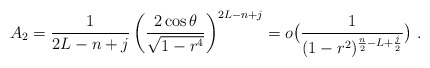
\begin{align*} A_2=\frac{1}{2L-n+j} \left(\frac{2\cos\theta}{\sqrt{1-r^4}}\right)^{2L-n+j}= o\bigl(\frac 1{(1-r^2)^{\frac n2-L+\frac j2}}\bigr)\ .\end{align*}